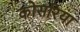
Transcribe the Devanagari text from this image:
कोसरिया